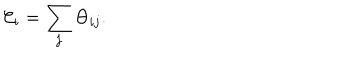
LaTeX: { \cal C } _ { i } = \sum _ { j } \Theta _ { i j } .